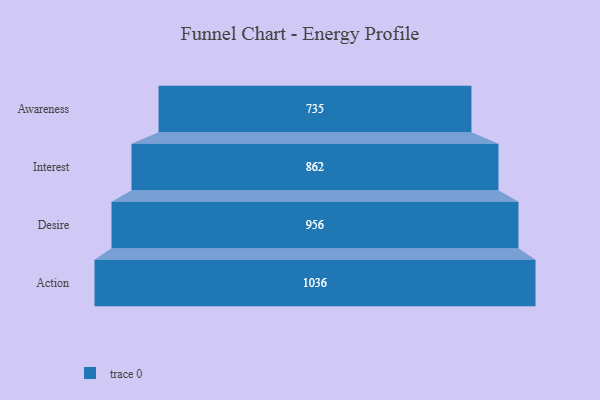
{"axis": {"x": "Stage", "y": "Value"}, "legend": [""], "data": [{"x": "Awareness", "y": 735.0, "type": ""}, {"x": "Interest", "y": 862.0, "type": ""}, {"x": "Desire", "y": 956.0, "type": ""}, {"x": "Action", "y": 1036.0, "type": ""}]}